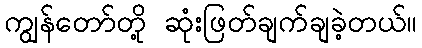
ကျွန်တော်တို့ ဆုံးဖြတ်ချက်ချခဲ့တယ်။